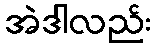
အဲဒါလည်း